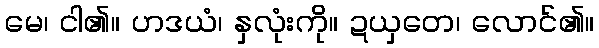
မေ၊ ငါ၏။ ဟဒယံ၊ နှလုံးကို။ ဍယှတေ၊ လောင်၏။